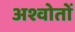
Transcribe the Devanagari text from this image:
अश्वोतों